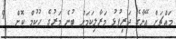
މައްޗަށް އޭނާގެ ދަރިފުޅު މަރާލިކަމަށް ބުނެ މަރުގެ ހުކުމް ކޮށް  9